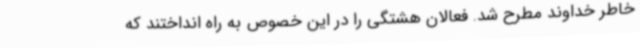
خاطر خداوند مطرح شد. فعالان هشتگی را در این خصوص به راه انداختند که